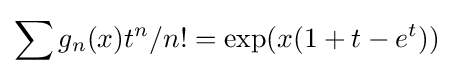
\displaystyle \sum g_{n}(x)t^{n}/n!=\exp(x(1+t-e^{t}))